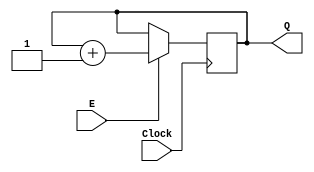
module smaller_counter (Clock, E, Q);
input Clock;
input E;

output reg [1:0] Q;

always@(posedge Clock) begin
	if(E == 1) begin
		if(Q == 4) 
			Q = 0;
		else
			Q = Q + 1;
	end
end

endmodule